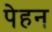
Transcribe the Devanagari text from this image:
पेहन